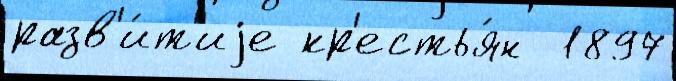
разв'и́т'иjе кр'естья́н  1897